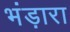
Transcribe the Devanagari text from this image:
भंड़ारा